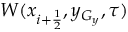
W ( x _ { i + \frac { 1 } { 2 } } , y _ { G _ { y } } , \tau )